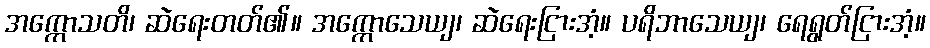
အက္ကောသတိ၊ ဆဲရေးတတ်၏။ အက္ကောသေယျ၊ ဆဲရေးငြားအံ့။ ပရိဘာသေယျ၊ ရေရွတ်ငြားအံ့။